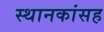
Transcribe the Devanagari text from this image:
स्थानकांसह